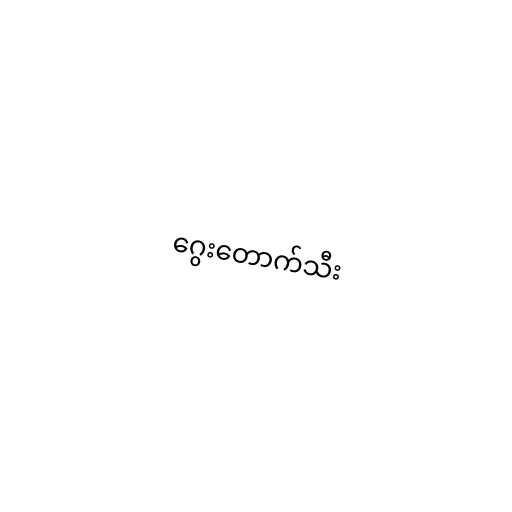
ဂွေးတောက်သီး